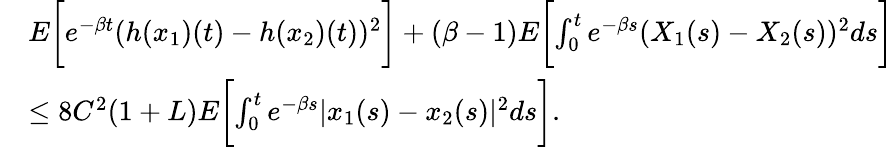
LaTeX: \begin{array}{rl}&{E\biggl[e^{-\beta t}(h(x_{1})(t)-h(x_{2})(t))^{2}\biggr]+(\beta-1)E\biggl[\int_{0}^{t}e^{-\beta s}(X_{1}(s)-X_{2}(s))^{2}ds\biggr]}\\ &{\leq 8C^{2}(1+L)E\biggl[\int_{0}^{t}e^{-\beta s}|x_{1}(s)-x_{2}(s)|^{2}ds\biggr].}\end{array}